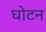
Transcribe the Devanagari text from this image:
घोटन